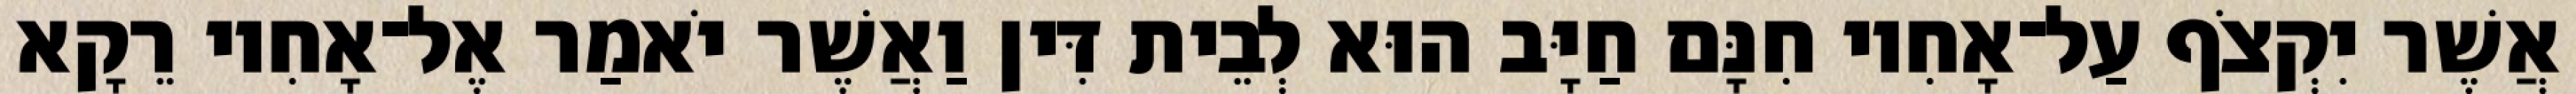
אֲשֶׁר יִקְצֹף עַל־אָחִיו חִנָּם חַיָּב הוּא לְבֵית דִּין וַאֲשֶׁר יֹאמַר אֶל־אָחִיו רֵקָא